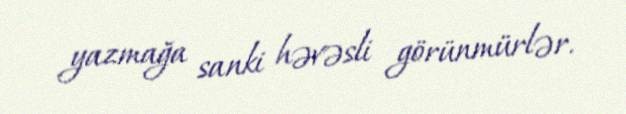
yazmağa sanki həvəsli görünmürlər.